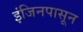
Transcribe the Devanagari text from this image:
इंजिनपासून